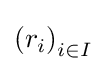
\left(r_{i}\right)_{i\in I}